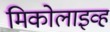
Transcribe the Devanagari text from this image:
मिकोलाइव्ह